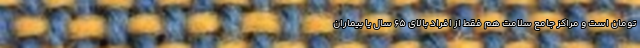
تومان است و مراکز جامع سلامت هم فقط از افراد بالای ۶۵ سال یا بیماران